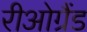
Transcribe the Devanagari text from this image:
रीओग्रैंड